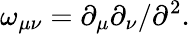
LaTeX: \omega_{\mu\nu}=\partial_{\mu}\partial_{\nu}/\partial^{2}.